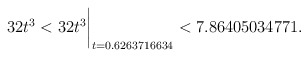
\begin{align*}32t^3 < 32t^3\biggr\rvert_{t=0.6263716634} < 7.86405034771 . \end{align*}